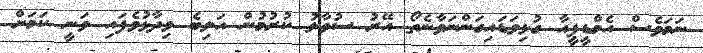
ނަމަވެސް އެމްޑީޕީއާ ގުޅިވަޑައިގަންނަވާނެތޯ އޭރު ސުވާލު ކުރުމުން އަލިބެ ވިދާޅުވެފައި ވަނީ ކަމަށް